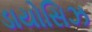
ડાયોસિઝ